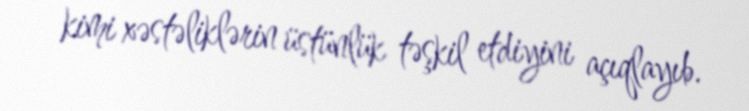
kimi xəstəliklərin üstünlük təşkil etdiyini açıqlayıb.